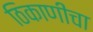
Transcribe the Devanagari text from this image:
ठिकाणीचा